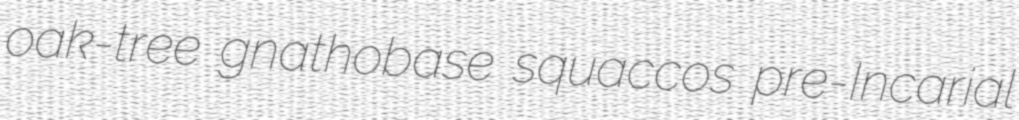
oak-tree gnathobase squaccos pre-Incarial